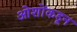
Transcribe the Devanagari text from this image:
ओशोंकडून